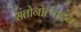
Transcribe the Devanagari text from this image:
संतोनोत्पादन